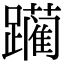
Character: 躏